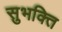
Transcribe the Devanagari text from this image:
सुभक्ति